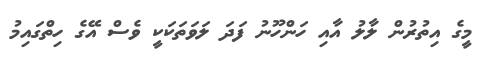
މީގެ އިތުރުން ލާލު އާއި ހަންހޫނު ފަދަ ލަވަތަކަކީ ވެސް އޭގެ ހިތްގައިމު